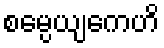
စမ္ပေယျကေဟိ